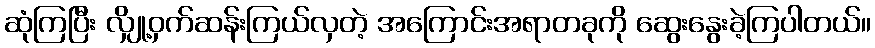
ဆုံကြပြီး လျှို့ဝှက်ဆန်းကြယ်လှတဲ့ အကြောင်းအရာတခုကို ဆွေးနွေးခဲ့ကြပါတယ်။